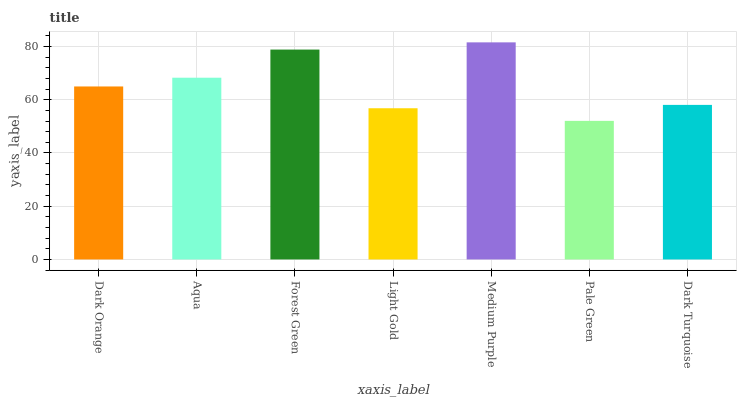
| xaxis_label | bars |
 | --- | --- |
 | Dark Orange | 65 |
 | Aqua | 68.3 |
 | Forest Green | 78.8 |
 | Light Gold | 56.8 |
 | Medium Purple | 81.5 |
 | Pale Green | 52.1 |
 | Dark Turquoise | 58.1 |